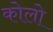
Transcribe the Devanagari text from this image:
कोलो